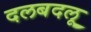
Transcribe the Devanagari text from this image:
दलबदलू